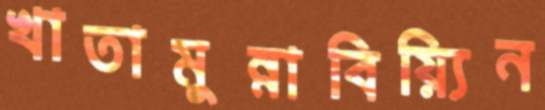
খাতামুন্নাবিয়্যিন